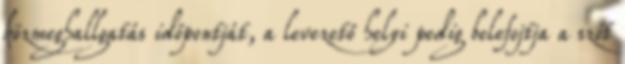
közmeghallgatás időpontját, a levezető helyi pedig belefojtja a szót